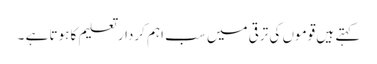
کہتے ہیں قوموں کی ترقی میں سب اہم کردار تعلیم کا ہوتا ہے ۔